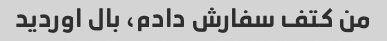
من کتف سفارش دادم، بال اوردید